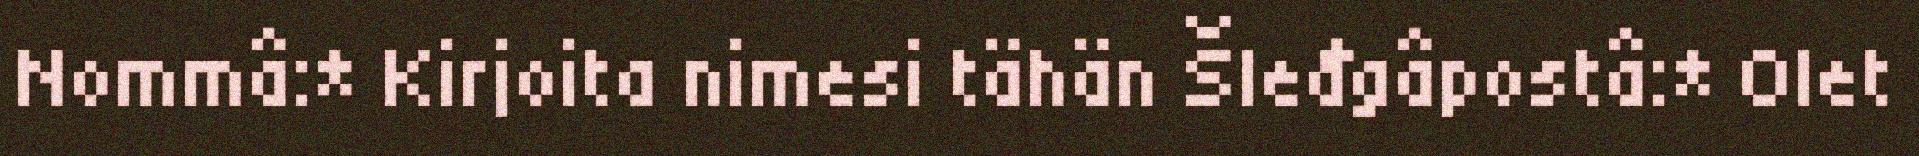
Nommâ:* Kirjoita nimesi tähän Šleđgâpostâ:* Olet